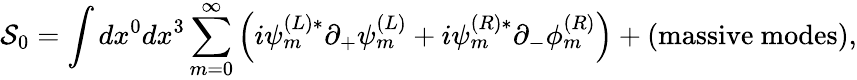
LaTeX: {\cal S}_{0}=\int dx^{0}dx^{3}\sum_{m=0}^{\infty}\left(i\psi_{m}^{(L)*}\partial_{+}\psi_{m}^{(L)}+i\psi_{m}^{(R)*}\partial_{-}\phi_{m}^{(R)}\right)+(\mathrm{massive~modes}),